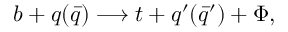
b + q ( \bar { q } ) \longrightarrow t + q ^ { \prime } ( \bar { q } ^ { \prime } ) + \Phi ,